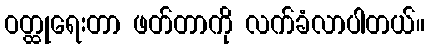
ဝတ္ထုရေးတာ ဖတ်တာကို လက်ခံလာပါတယ်။